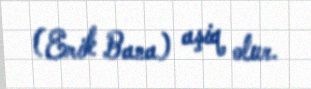
(Erik Bana) aşiq olur.